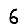
Digit: 6